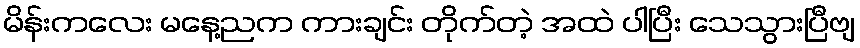
မိန်းကလေး မနေ့ညက ကားချင်း တိုက်တဲ့ အထဲ ပါပြီး သေသွားပြီဗျ